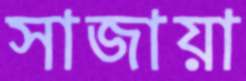
সাজায়া